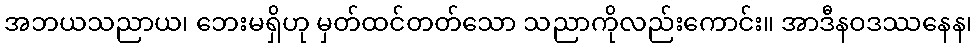
အဘယသညာယ၊ ဘေးမရှိဟု မှတ်ထင်တတ်သော သညာကိုလည်းကောင်း။ အာဒီနဝဒဿနေန၊